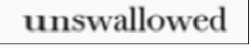
unswallowed